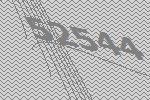
52544